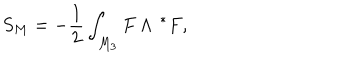
S _ { M } = - \frac 1 2 \int _ { M _ { 3 } } F \wedge { \thinspace } ^ { * } F ,